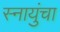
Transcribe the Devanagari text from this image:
स्नायुंचा